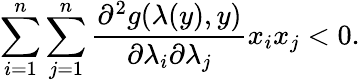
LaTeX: \sum_{i=1}^{n}\sum_{j=1}^{n}\frac{\partial^{2}g(\lambda(y),y)}{\partial\lambda_{i}\partial\lambda_{j}}x_{i}x_{j}<0.